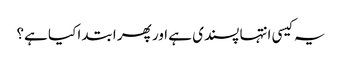
یہ کیسی انتہا پسندی ہے اور پھر ابتدا کیا ہے؟